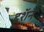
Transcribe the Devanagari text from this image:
दशॅन